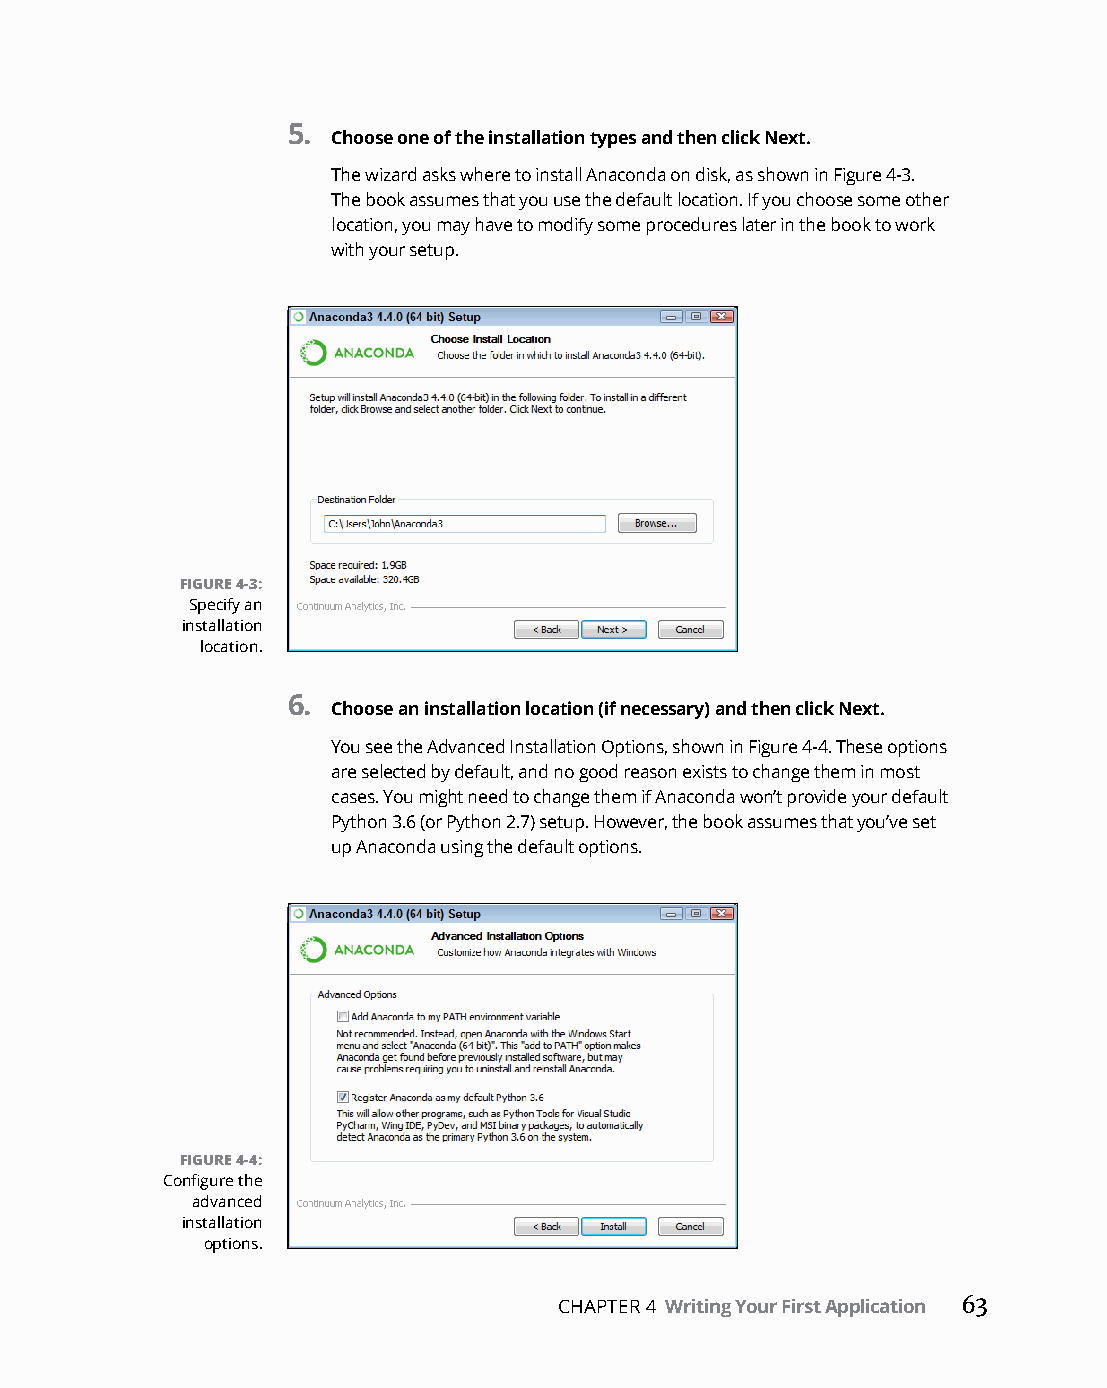
5.
 Choose one of the installation types and then click Next.
 The wizard asks where to install Anaconda on disk, as shown in Figure 4-3.
 The book assumes that you use the default location. If you choose some other
 location, you may have to modify some procedures later in the book to work
 with your setup.
 FIGURE 4-3:
 Specify an
 installation
 location.
 6.
 Choose an installation location (if necessary) and then click Next.
 You see the Advanced Installation Options, shown in Figure 4-4. These options
 are selected by default, and no good reason exists to change them in most
 cases. You might need to change them if Anaconda won’t provide your default
 Python 3.6 (or Python 2.7) setup. However, the book assumes that you’ve set
 up Anaconda using the default options.
 FIGURE 4-4:
 Configure the
 advanced
 installation
 options.
 CHAPTER 4 Writing Your First Application 63